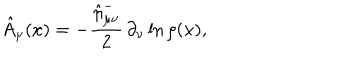
\hat { A } _ { \mu } ( x ) = - \frac { \hat { \eta } _ { \mu \nu } ^ { - } } 2 \, \partial _ { \nu } \ln \rho ( x ) ,